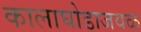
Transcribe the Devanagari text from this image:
कालाघोडाजवळ